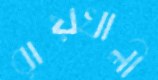
রায়খালী